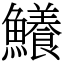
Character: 鱶